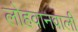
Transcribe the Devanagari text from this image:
लोहवानवाली